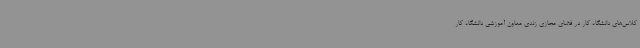
کلاس‌های دانشگاه کار در فضای مجازی زندی معاون آموزشی دانشگاه کار